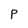
Character: p